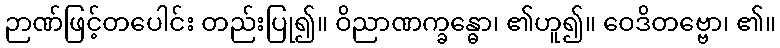
ဉာဏ်ဖြင့်တပေါင်း တည်းပြု၍။ ဝိညာဏက္ခန္ဓော၊ ၏ဟူ၍။ ဝေဒိတဗ္ဗော၊ ၏။